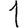
Digit: 1